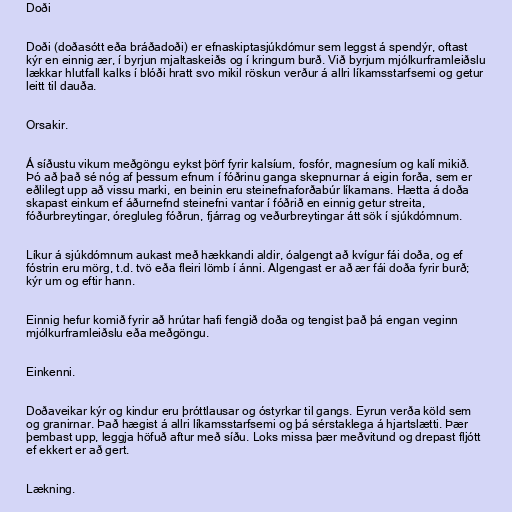
Doði

Doði (doðasótt eða bráðadoði) er efnaskiptasjúkdómur sem leggst á spendýr, oftast
kýr en einnig ær, í byrjun mjaltaskeiðs og í kringum burð. Við byrjum mjólkurframleiðslu
lækkar hlutfall kalks í blóði hratt svo mikil röskun verður á allri líkamsstarfsemi og getur
leitt til dauða.

Orsakir.

Á síðustu vikum meðgöngu eykst þörf fyrir kalsíum, fosfór, magnesíum og kalí mikið.
Þó að það sé nóg af þessum efnum í fóðrinu ganga skepnurnar á eigin forða, sem er
eðlilegt upp að vissu marki, en beinin eru steinefnaforðabúr líkamans. Hætta á doða
skapast einkum ef áðurnefnd steinefni vantar í fóðrið en einnig getur streita,
fóðurbreytingar, óregluleg fóðrun, fjárrag og veðurbreytingar átt sök í sjúkdómnum.

Líkur á sjúkdómnum aukast með hækkandi aldir, óalgengt að kvígur fái doða, og ef
fóstrin eru mörg, t.d. tvö eða fleiri lömb í ánni. Algengast er að ær fái doða fyrir burð;
kýr um og eftir hann.

Einnig hefur komið fyrir að hrútar hafi fengið doða og tengist það þá engan veginn
mjólkurframleiðslu eða meðgöngu.

Einkenni.

Doðaveikar kýr og kindur eru þróttlausar og óstyrkar til gangs. Eyrun verða köld sem
og granirnar. Það hægist á allri líkamsstarfsemi og þá sérstaklega á hjartslætti. Þær
þembast upp, leggja höfuð aftur með síðu. Loks missa þær meðvitund og drepast fljótt
ef ekkert er að gert.

Lækning.